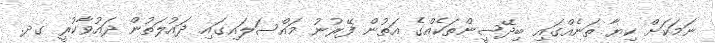
ނަމަކަށް ކިޔާ ތަނެއްގައި ބިދޭސީންތަކެއްގެ އަތުން ފޭރުނު މައްސަލައިގައި ދައުލަތުން ދައުވާކުރީ ގދ.